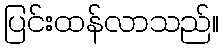
ပြင်းထန်လာသည်။